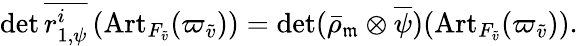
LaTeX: \operatorname*{det}\overline{{r_{1,\psi}^{i}}}\left({\operatorname{Art}}_{F_{{\tilde{v}}}}(\varpi_{\tilde{v}})\right)=\operatorname*{det}(\bar{\rho}_{\mathfrak{m}}\otimes\overline{{\psi}})({\operatorname{Art}}_{F_{\tilde{v}}}(\varpi_{\tilde{v}})).